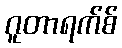
ဂူတာရက်စ်